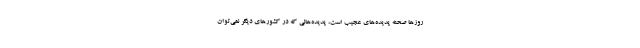
روزها صحنه پدیده‌های عجیب است، پدیده‌هائی که در کشورهای دیگر نمی‌توان